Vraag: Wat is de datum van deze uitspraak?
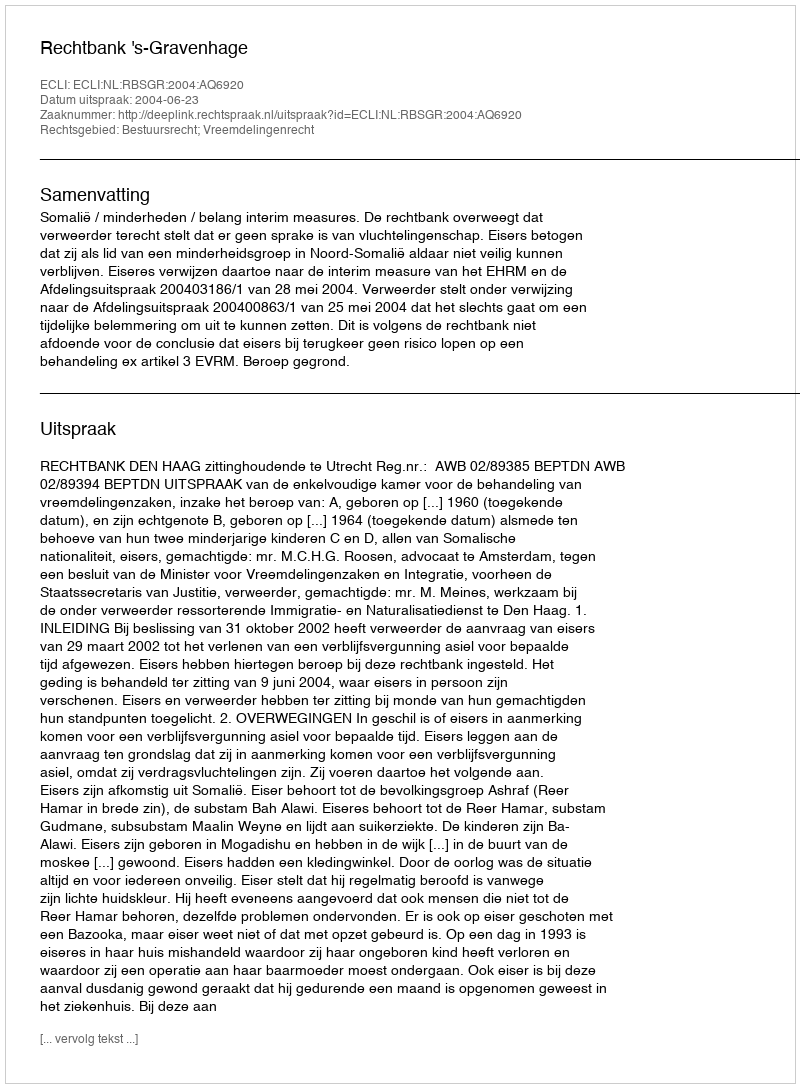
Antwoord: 2004-06-23